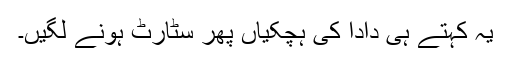
یہ کہتے ہی دادا کی ہچکیاں پھر سٹارٹ ہونے لگیں۔